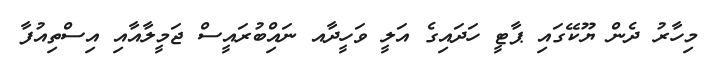
މިހާރު ދެން ޔޫކޭގައި ޕާޓީ ހަދައިގެ އަލީ ވަހީދާއ ނައްިބުރައީސް ޖަމީލާއާއި އިސްތިއުފާ